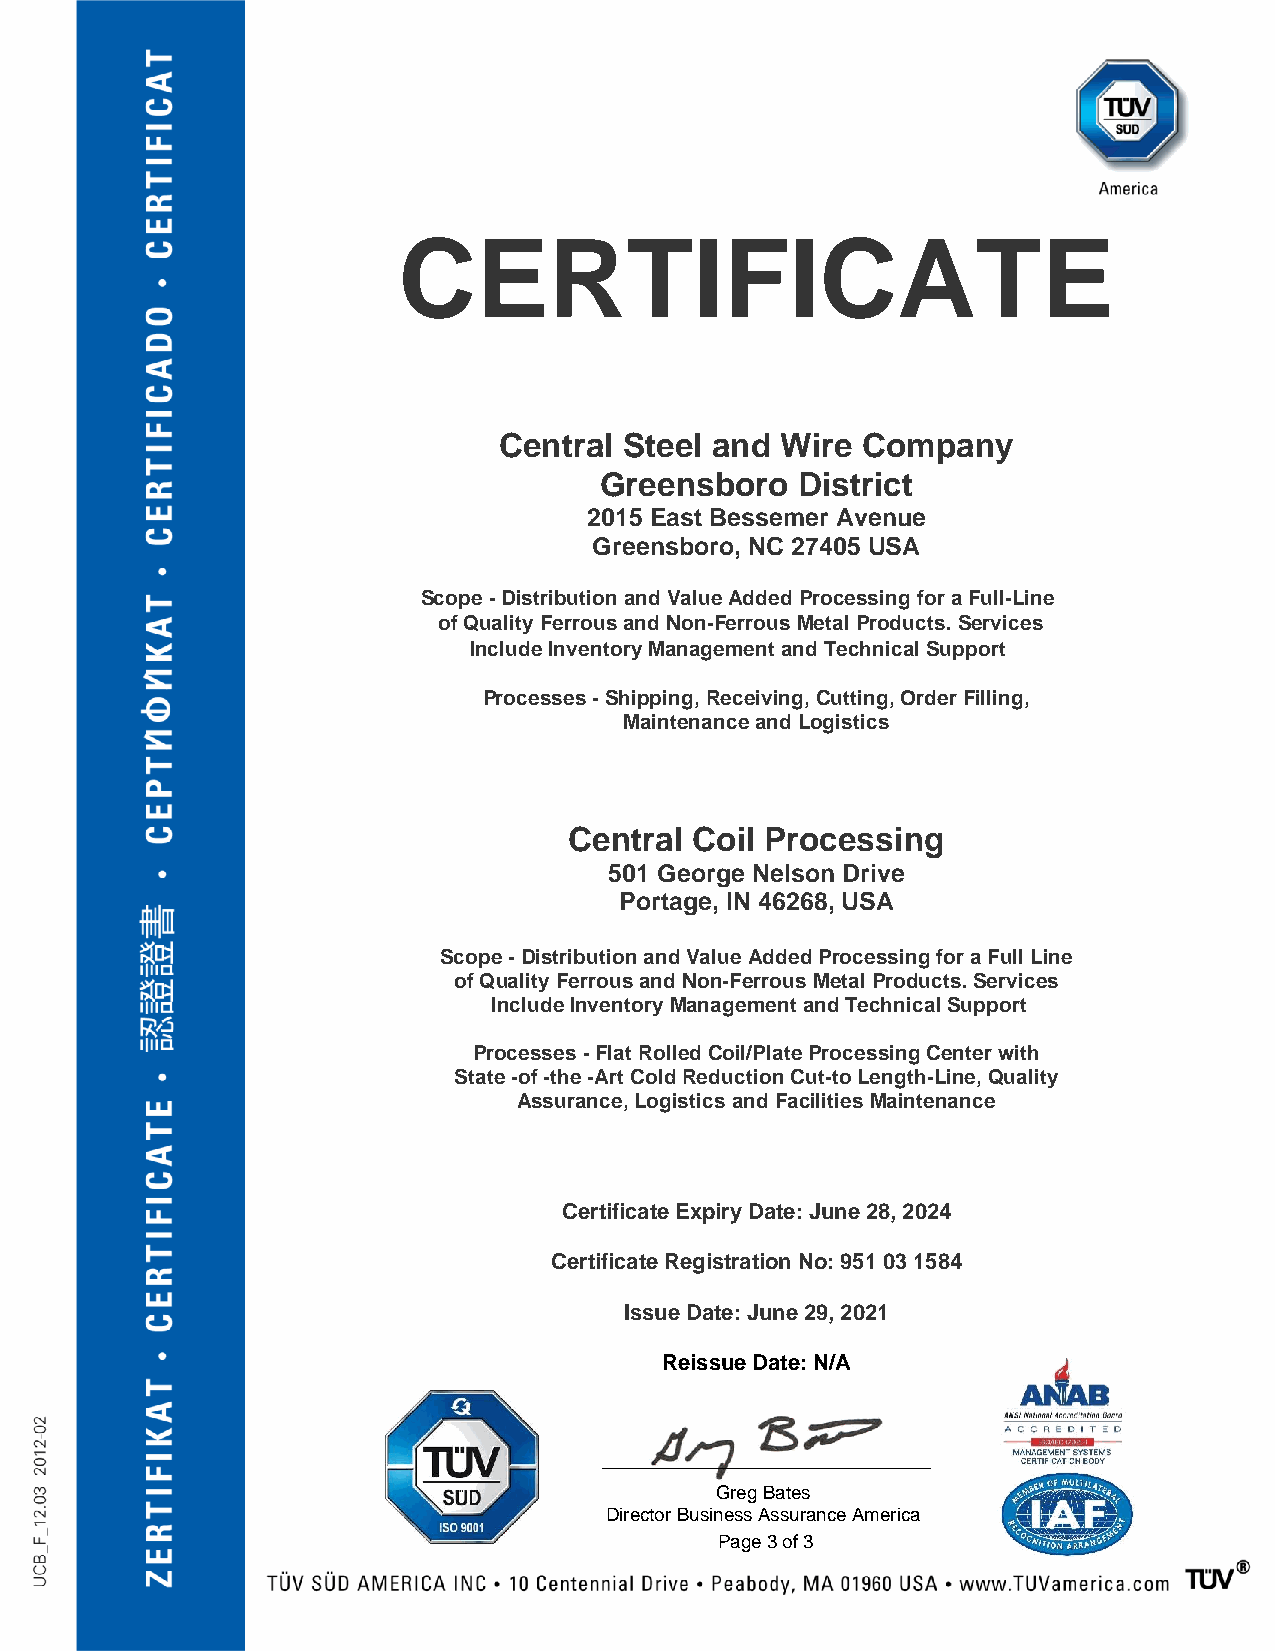
CERT                IFICATE
 Central Steel and  Wire Company
 Greensboro   District
 2015 East Bessemer Avenue
 Greensboro, NC 27405 USA
 Scope - Distribution and Value Added Processing for a Full-Line
 of Quality Ferrous and Non-Ferrous Metal Products. Services
 Include Inventory Management and Technical Support
 Processes - Shipping, Receiving, Cutting, Order Filling,
 Maintenance and Logistics
 Central Coil Processing
 501 George Nelson Drive
 Portage, IN 46268, USA
 Scope - Distribution and Value Added Processing for a Full Line
 of Quality Ferrous and Non-Ferrous Metal Products. Services
 Include Inventory Management and Technical Support
 Processes - Flat Rolled Coil/Plate Processing Center with
 State -of -the -Art Cold Reduction Cut-to Length-Line, Quality
 Assurance, Logistics and Facilities Maintenance
 Certificate Expiry Date: June 28, 2024
 Certificate Registration No: 951 03 1584
 Issue Date: June 29, 2021
 Reissue Date: N/A
 Greg Bates
 Director Business Assurance America
 Page 3 of 3